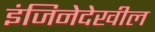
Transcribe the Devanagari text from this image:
इंजिनेदेखील